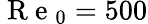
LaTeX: \mathrm{~R~e~}_{0}=500